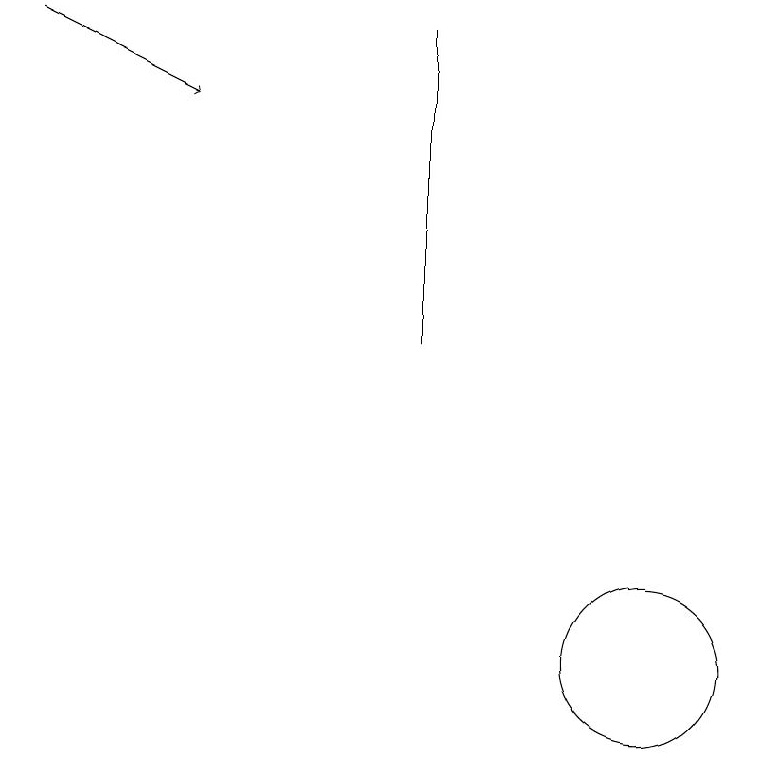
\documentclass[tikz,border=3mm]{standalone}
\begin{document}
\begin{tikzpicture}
\draw[->] (2,19) -- (4,18);
\draw (7,15) rectangle (7,19);
\draw (10,11) circle (1);
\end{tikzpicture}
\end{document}